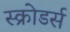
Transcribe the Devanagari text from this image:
स्क्रोडर्स